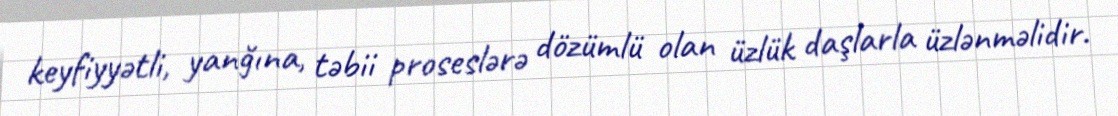
keyfiyyətli, yanğına, təbii proseslərə dözümlü olan üzlük daşlarla üzlənməlidir.